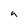
Character: 9